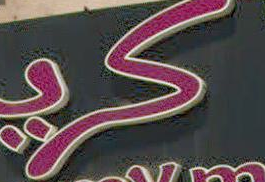
كري